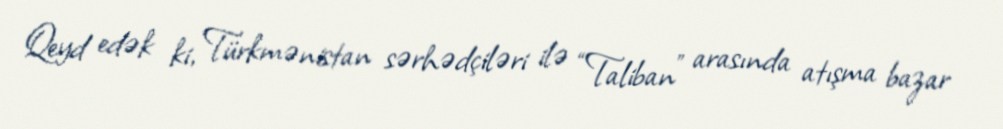
Qeyd edək ki, Türkmənistan sərhədçiləri ilə “Taliban” arasında atışma bazar